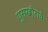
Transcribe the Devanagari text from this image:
घुसखोराचे